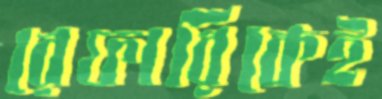
রেফারিকেই